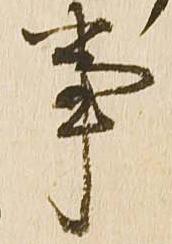
事